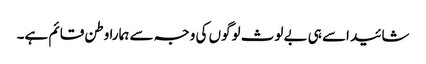
شائید اسے ہی بے لوث لوگوں کی وجہ سے ہمارا وطن قائم ہے۔